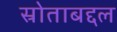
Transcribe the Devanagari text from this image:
स्रोताबद्दल